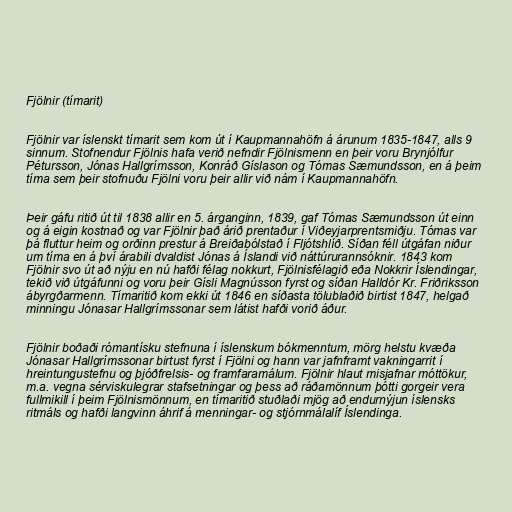
Fjölnir (tímarit)

Fjölnir var íslenskt tímarit sem kom út í Kaupmannahöfn á árunum 1835-1847, alls 9
sinnum. Stofnendur Fjölnis hafa verið nefndir Fjölnismenn en þeir voru Brynjólfur
Pétursson, Jónas Hallgrímsson, Konráð Gíslason og Tómas Sæmundsson, en á þeim
tíma sem þeir stofnuðu Fjölni voru þeir allir við nám í Kaupmannahöfn.

Þeir gáfu ritið út til 1838 allir en 5. árganginn, 1839, gaf Tómas Sæmundsson út einn
og á eigin kostnað og var Fjölnir það árið prentaður í Viðeyjarprentsmiðju. Tómas var
þá fluttur heim og orðinn prestur á Breiðabólstað í Fljótshlíð. Síðan féll útgáfan niður
um tíma en á því árabili dvaldist Jónas á Íslandi við náttúrurannsóknir. 1843 kom
Fjölnir svo út að nýju en nú hafði félag nokkurt, Fjölnisfélagið eða Nokkrir Íslendingar,
tekið við útgáfunni og voru þeir Gísli Magnússon fyrst og síðan Halldór Kr. Friðriksson
ábyrgðarmenn. Tímaritið kom ekki út 1846 en síðasta tölublaðið birtist 1847, helgað
minningu Jónasar Hallgrímssonar sem látist hafði vorið áður.

Fjölnir boðaði rómantísku stefnuna í íslenskum bókmenntum, mörg helstu kvæða
Jónasar Hallgrímssonar birtust fyrst í Fjölni og hann var jafnframt vakningarrit í
hreintungustefnu og þjóðfrelsis- og framfaramálum. Fjölnir hlaut misjafnar móttökur,
m.a. vegna sérviskulegrar stafsetningar og þess að ráðamönnum þótti gorgeir vera
fullmikill í þeim Fjölnismönnum, en tímaritið stuðlaði mjög að endurnýjun íslensks
ritmáls og hafði langvinn áhrif á menningar- og stjórnmálalíf Íslendinga.